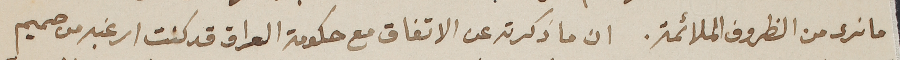
ما نرى من الظروف الملائمة. ان ما ذكرته عن الاتفاق مع حكومة العراق قد كنت ارغبه من صميم